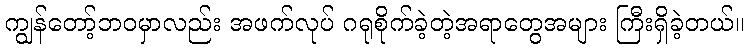
ကျွန်တော့်ဘဝမှာလည်း အဖက်လုပ် ဂရုစိုက်ခဲ့တဲ့အရာတွေအများ ကြီးရှိခဲ့တယ်။